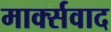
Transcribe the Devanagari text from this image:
मार्क्‍सवाद